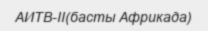
АИТВ-ІІ(басты Африкада)